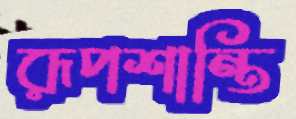
রূপশান্তি